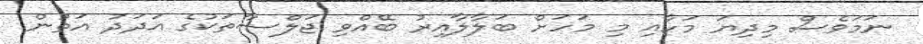
ނަމަވެސް މިދިޔަ މަހާއި މި މަހަށް ބަލާލާއިރު ބޭއްވި ޖަލްސާތަކުގެ އަދަދު އަތުން